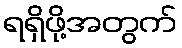
ရရှိဖို့အတွက်